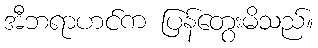
အီဘရာဟင်က ပြန်တွေးမိသည်။